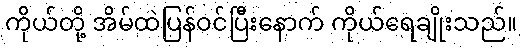
ကိုယ်တို့ အိမ်ထဲပြန်ဝင်ပြီးနောက် ကိုယ်ရေချိုးသည်။